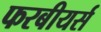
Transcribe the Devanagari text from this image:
फरबीयर्स